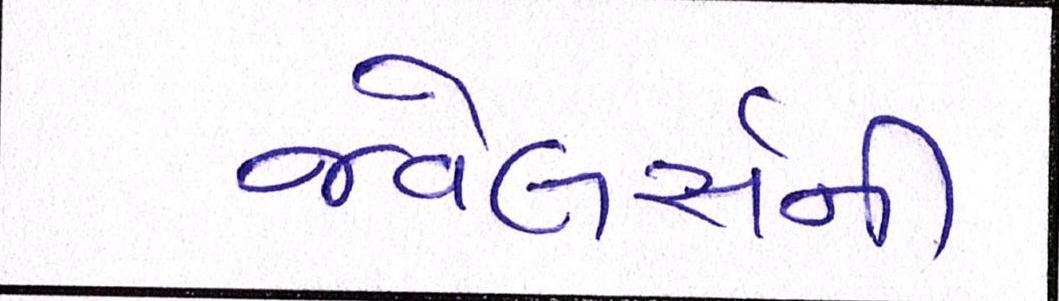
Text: જ્વેલર્સની